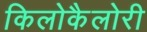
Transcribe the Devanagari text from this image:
किलोकैलोरी